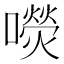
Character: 𡂋